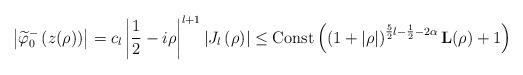
LaTeX: \begin{align*}\left\vert \widetilde{\varphi}_{0}^{-}\left( z(\rho)\right) \right\vert=c_{l}\left\vert \frac{1}{2}-i\rho\right\vert ^{l+1}\left\vert J_{l}\left(\rho\right) \right\vert \leq\operatorname*{Const}\left( \left( 1+\left\vert \rho\right\vert\right) ^{\frac{5}{2}l-\frac{1}{2}-2\alpha}\mathbf{L}(\rho)+1\right)\end{align*}